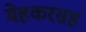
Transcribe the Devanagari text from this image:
मेहकरसह